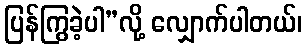
ပြန်ကြွခဲ့ပါ”လို့ လျှောက်ပါတယ်၊